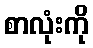
စာလုံးကို